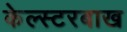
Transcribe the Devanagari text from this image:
केल्स्टरबाख